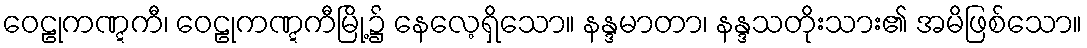
ဝေဠုကဏ္ဋကီ၊ ဝေဠုကဏ္ဋကီမြို့၌ နေလေ့ရှိသော။ နန္ဒမာတာ၊ နန္ဒသတိုးသား၏ အမိဖြစ်သော။